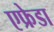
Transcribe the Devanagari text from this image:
एफ्रेडा